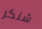
شنكر